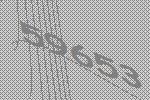
59653